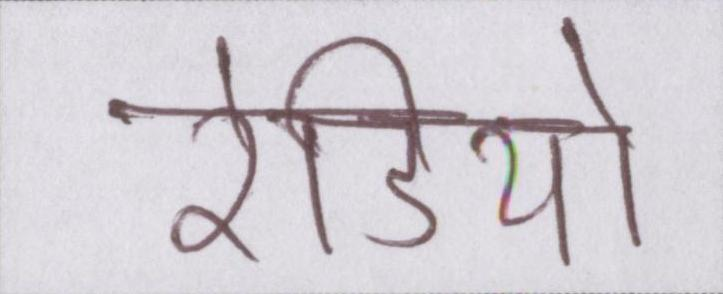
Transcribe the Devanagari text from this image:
रेडियो